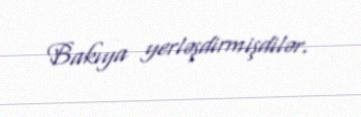
Bakıya yerləşdirmişdilər.